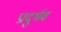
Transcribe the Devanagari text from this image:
प्रादुर्भव